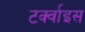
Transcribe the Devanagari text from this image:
टर्क्वाइस